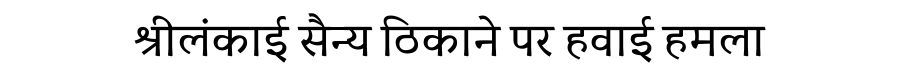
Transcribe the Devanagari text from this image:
श्रीलंकाई सैन्य ठिकाने पर हवाई हमला